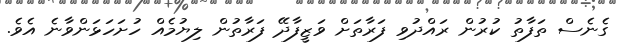
ގެނެސް ތަފާތު ކުރުން ރައްދުވި ފަރާތަށް ވަޒީފާދޭ ފަރާތުން ލިޔުމެއް ހުށަހަޅަންވާނެ އެވެ.